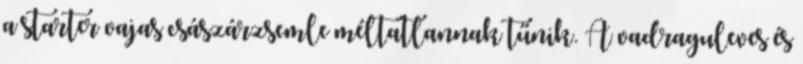
a starter vajas császárzsemle méltatlannak tűnik. A vadraguleves és